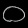
Digit: ၀